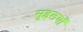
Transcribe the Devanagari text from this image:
सुइलयाँ